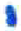
אות: י